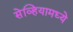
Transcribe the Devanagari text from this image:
सेव्हियामध्ये